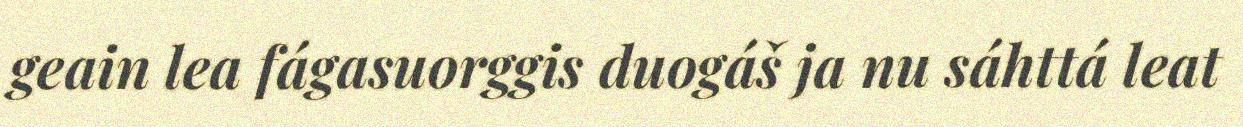
geain lea fágasuorggis duogáš ja nu sáhttá leat